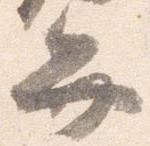
弁